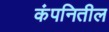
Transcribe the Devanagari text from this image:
कंपनितील